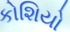
કોશિયો